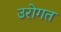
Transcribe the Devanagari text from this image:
उरोगत